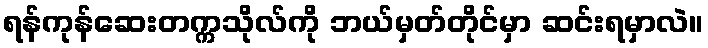
ရန်ကုန်ဆေးတက္ကသိုလ်ကို ဘယ်မှတ်တိုင်မှာ ဆင်းရမှာလဲ။